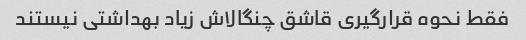
فقط نحوه قرارگیری قاشق چنگالاش زیاد بهداشتی نیستند